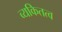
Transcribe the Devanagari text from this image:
व्यकितत्व